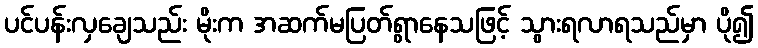
ပင်ပန်းလှချေသည်း မိုးက အဆက်မပြတ်ရွာနေသဖြင့် သွားရလာရသည်မှာ ပို၍